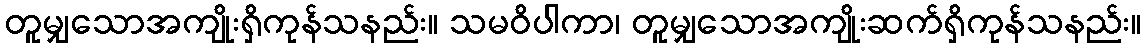
တူမျှသောအကျိုးရှိကုန်သနည်း။ သမဝိပါကာ၊ တူမျှသောအကျိုးဆက်ရှိကုန်သနည်း။